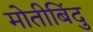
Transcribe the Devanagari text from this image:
मोतीबिंदु